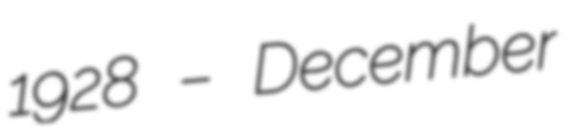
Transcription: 1928 – December